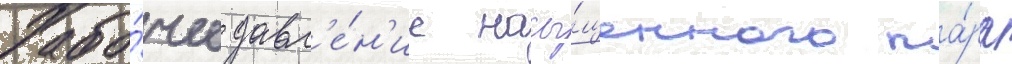
Рабо́чее давл'е́н'ие насы́щенного па́ра